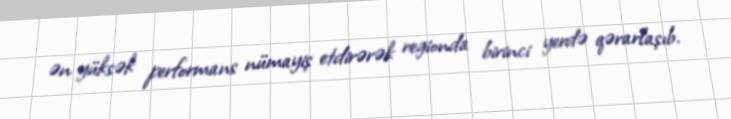
ən yüksək performans nümayiş etdirərək regionda birinci yerdə qərarlaşıb.